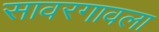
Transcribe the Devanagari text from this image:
सावरगावला